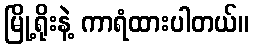
မြို့ရိုးနဲ့ ကာရံထားပါတယ်။